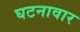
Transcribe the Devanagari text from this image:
घटनावार